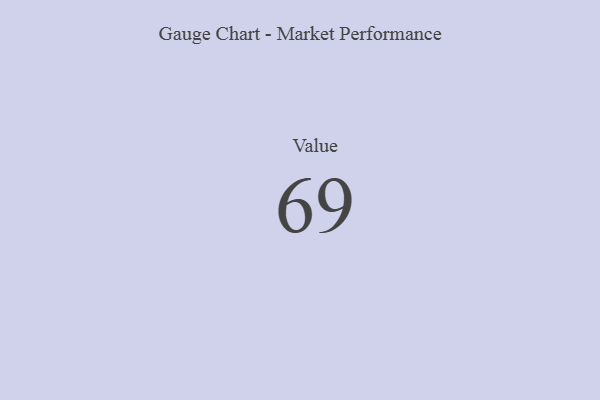
{"axis": {"x": "Metric", "y": "Value"}, "legend": [""], "data": [{"x": "Value", "y": 69, "type": ""}]}